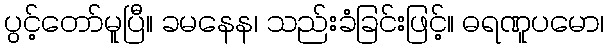
ပွင့်တော်မူပြီ။ ခမနေန၊ သည်းခံခြင်းဖြင့်။ ဓရဏူပမော၊